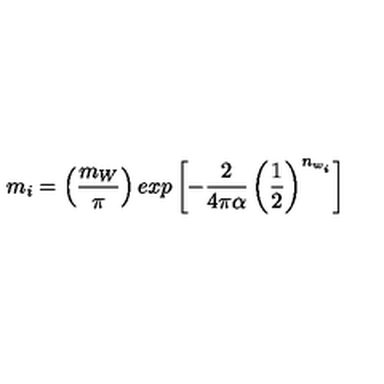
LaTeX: m _ { i } = \left( \frac { m _ { W } } { \pi } \right) e x p \left[ - \frac { 2 } { 4 \pi \alpha } \left( \frac { 1 } { 2 } \right) ^ { n _ { w _ { i } } } \right]